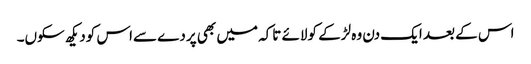
اس کے بعد ایک دن وہ لڑکے کولائے تاکہ میں بھی پردے سےاس کودیکھ سکوں۔